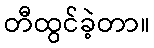
တီထွင်ခဲ့တာ။